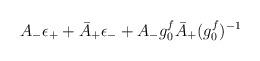
LaTeX: \begin{align*}A_{-}\epsilon_{+}+\bar{A}_{+}\epsilon_{-}+A_{-}g_{0}^{f}\bar{A}_{+}({g_{0}^{f}})^{-1}\end{align*}